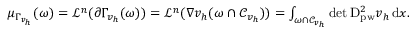
\begin{array} { r } { \mu _ { \Gamma _ { v _ { h } } } ( \omega ) = \mathcal L ^ { n } ( \partial \Gamma _ { v _ { h } } ( \omega ) ) = \mathcal L ^ { n } ( \nabla v _ { h } ( \omega \cap \mathcal { C } _ { v _ { h } } ) ) = \int _ { \omega \cap \mathcal { C } _ { v _ { h } } } \operatorname* { d e t } \mathrm { D } _ { \mathrm { p w } } ^ { 2 } v _ { h } \, \mathrm { d } x . } \end{array}